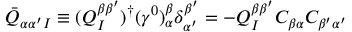
\bar { Q } _ { \alpha \alpha ^ { \prime } I } \equiv ( Q _ { I } ^ { \beta \beta ^ { \prime } } ) ^ { \dagger } ( \gamma ^ { 0 } ) _ { \alpha } ^ { \beta } \delta _ { \alpha ^ { \prime } } ^ { \beta ^ { \prime } } = - Q _ { I } ^ { \beta \beta ^ { \prime } } C _ { \beta \alpha } C _ { \beta ^ { \prime } \alpha ^ { \prime } }